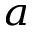
^ { a }